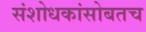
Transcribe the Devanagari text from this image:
संशोधकांसोबतच